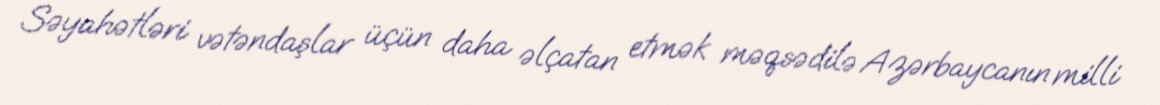
Səyahətləri vətəndaşlar üçün daha əlçatan etmək məqsədilə Azərbaycanın milli